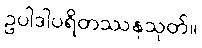
ဥပါဒါပရိတဿနသုတ်။